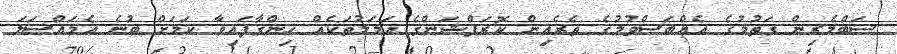
ސަބްމެރިން ގަތުމުގެ އެއްބަސްވުމުގެ ތެރެއިން ކޮރަޕްޝަންގެ އަމަލުތަކެއް ހިންގާފައިވާ ކަމަށް ބުނެ އެމައްސަލަ